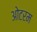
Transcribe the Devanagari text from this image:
ओटरम